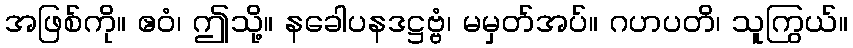
အဖြစ်ကို။ ဧဝံ၊ ဤသို့။ နခေါပနဒဋ္ဌဗ္ဗံ၊ မမှတ်အပ်။ ဂဟပတိ၊ သူကြွယ်။